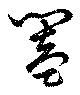
闔